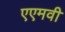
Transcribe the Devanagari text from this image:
एएमवी